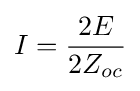
I={\frac {2E}{2Z_{oc}}}